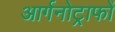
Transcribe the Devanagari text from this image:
आर्गनोट्राफों